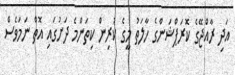
އަދި ރާއްޖޭގެ ކޮރަޕްޝަންގެ ހާލަތު މީގެ ކުރިން ކިތަންމެ ދަށުގައި އޮތް ނަމަވެސް